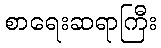
စာရေးဆရာကြီး